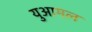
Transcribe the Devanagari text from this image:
युआमल